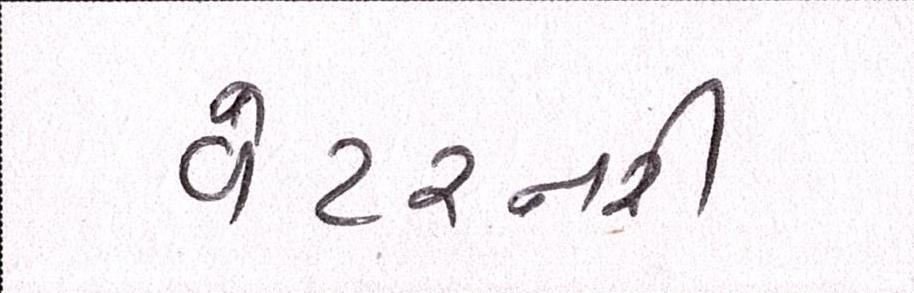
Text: વેટરનરી